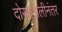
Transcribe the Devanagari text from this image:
दोस्तअलीनंतर